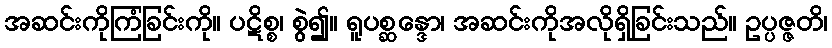
အဆင်းကိုကြံခြင်းကို။ ပဋိစ္စ၊ စွဲ၍။ ရူပစ္ဆန္ဒော၊ အဆင်းကိုအလိုရှိခြင်းသည်။ ဥပ္ပဇ္ဇတိ၊